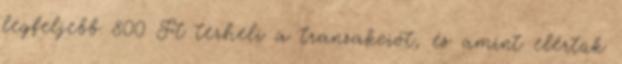
legfeljebb 800 Ft terheli a tranzakciót, és amint elértük